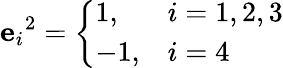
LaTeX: {\mathbf{e}_{i}}^{2}={\left\{ \begin{array}{ll}{1,}&{i=1,2,3}\\ {-1,}&{i=4}\end{array}\right.}